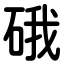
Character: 硪